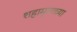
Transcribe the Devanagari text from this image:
शहामृगाच्या